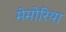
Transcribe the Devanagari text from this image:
मेमोरिया